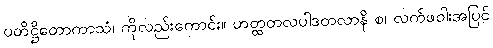
ပတိဋ္ဌိတောကာသံ၊ ကိုလည်းကောင်း။ ဟတ္ထတလပါဒတလာနိ စ၊ လက်ဖဝါးအပြင်